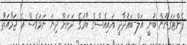
ޕެންޓަގަނުން ބުނީ އަލް-ބަޣުދާދީ އައިއެސްގެ ބާރުގެ ދަށަށް ދިޔަ ނަމަވެސް އެ ޖަމާއަތާ